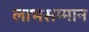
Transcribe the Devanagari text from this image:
लाभसम्मान